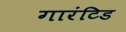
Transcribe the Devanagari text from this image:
गारंटिड